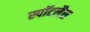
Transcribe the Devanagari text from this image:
स्पॉटलैस